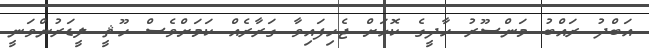
އަބްދު ރައްބު މަންސޫރު ހާދީގެ ކޮޅަށް ޖެހިފައިވާ ގަރާރެއް ކަމަށްވެސް ހޫޘީ ލީޑަރުންވަނީ